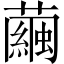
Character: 繭